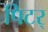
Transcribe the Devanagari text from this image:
पिटर्